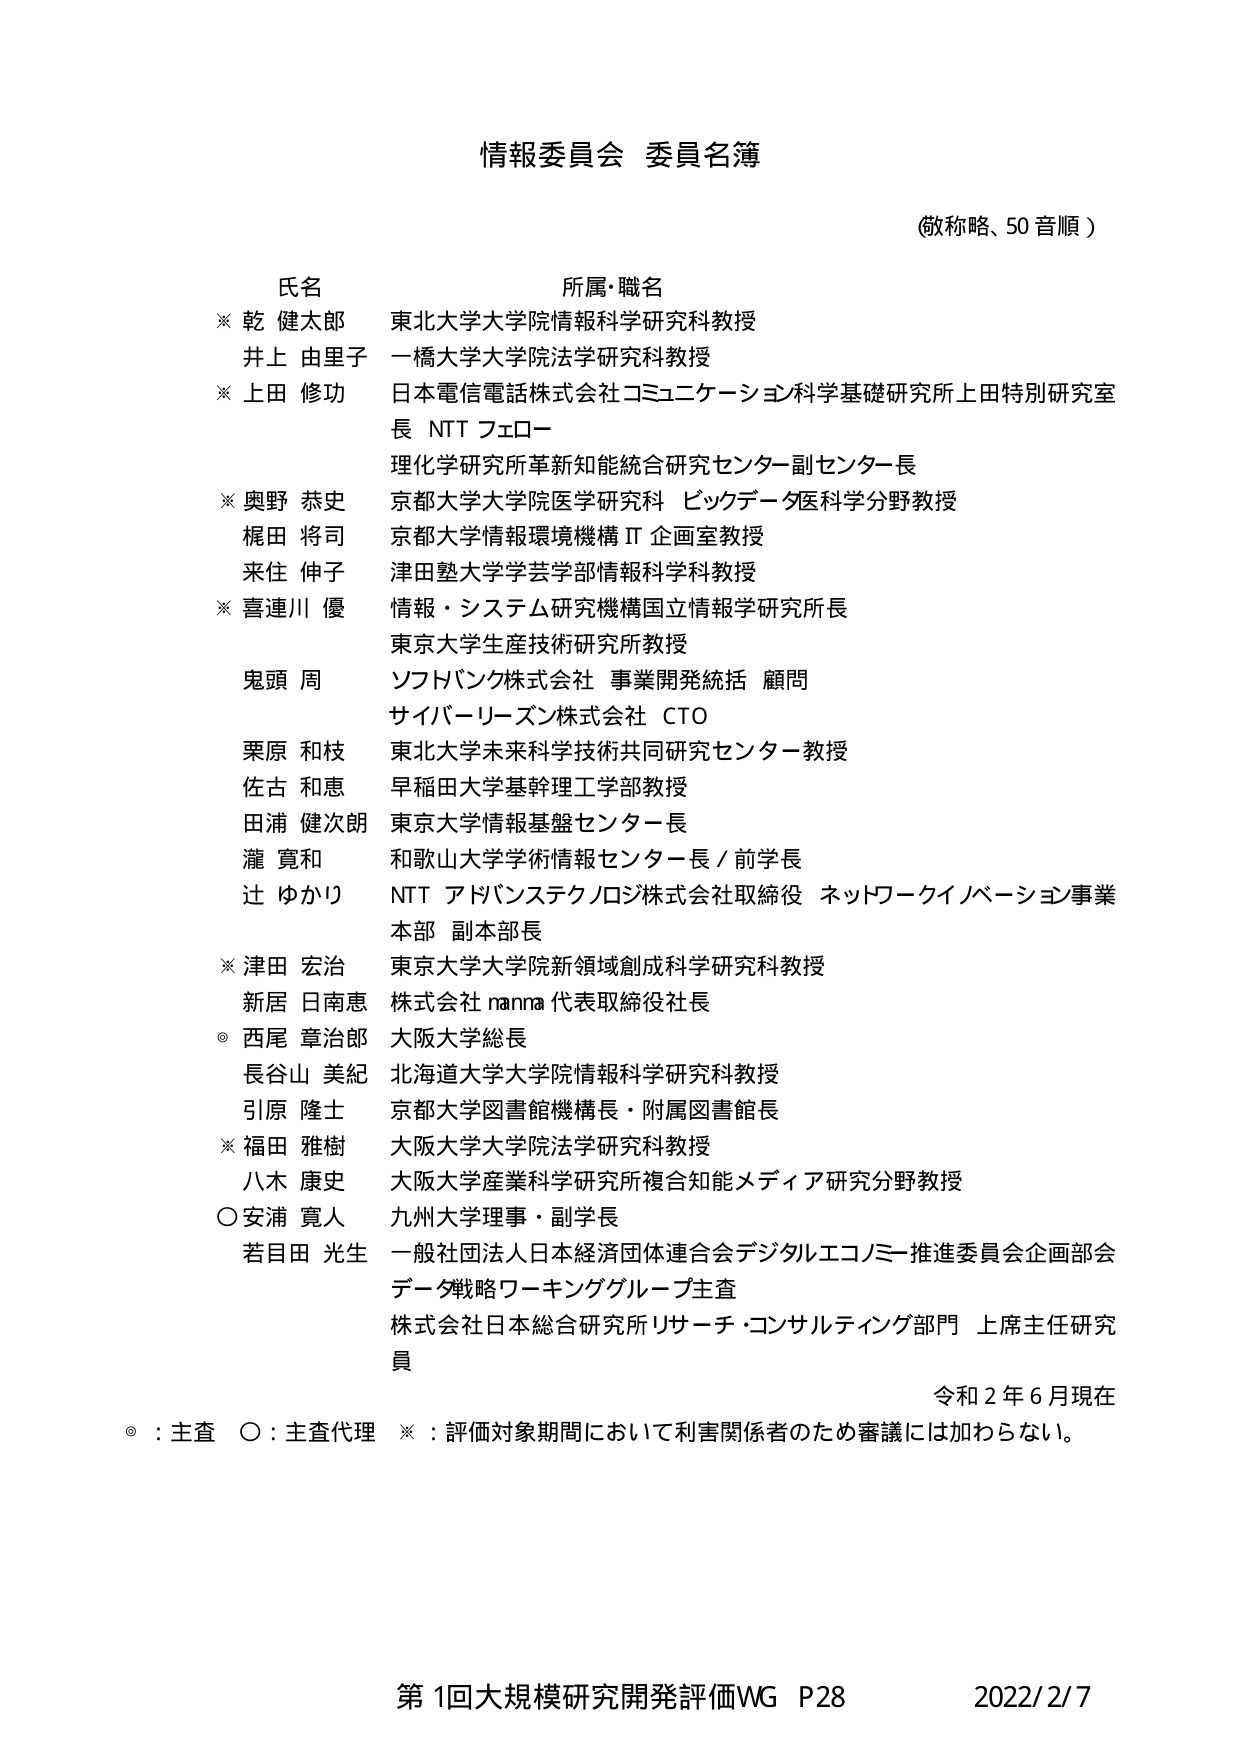
情報委員会 委員名簿

(敬称略、50音順)

氏名　　　　　　　　　　　所属・職名
※ 乾 健太郎　　　　　　東北大学大学院情報科学研究科教授
　井上 由里子　　　　　　一橋大学大学院法学研究科教授
※ 上田 修功　　　　　　日本電信電話株式会社 コミュニケーション科学基礎研究所上田特別研究室
　　　　　　　　　　　　長 NTT フェロー
　　　　　　　　　　　　理化学研究所革新知能統合研究センター副センター長
※ 奥野 恭史　　　　　　京都大学大学院医学研究科 ビッグデータ医学分野教授
　梶田 将司　　　　　　京都大学情報環境機構 IT 企画室教授
　来住 伸子　　　　　　津田塾大学学芸学部情報科学科教授
※ 喜連川 優　　　　　　情報・システム研究機構国立情報学研究所長
　　　　　　　　　　　　東京大学生産技術研究所教授
　鬼頭 周　　　　　　　　ソフトバンク株式会社 事業開発統括 顧問
　　　　　　　　　　　　サイバーリーズン株式会社 CTO
　栗原 和枝　　　　　　東北大学未来科学技術共同研究センター教授
　佐古 和恵　　　　　　早稲田大学基幹理工学部教授
　田浦 健次朗　　　　　　東京大学情報基盤センター長
　瀧 寛和　　　　　　　　和歌山大学学術情報センター長／前学長
　辻 ゆかり　　　　　　NTT アドバンステクノロジ株式会社取締役 ネットワークイノベーション事業
　　　　　　　　　　　　本部 副本部長
※ 津田 宏治　　　　　　東京大学大学院新領域創成科学研究科教授
　新居 日南恵　　　　　　株式会社 nanma 代表取締役社長
◎ 西尾 章治郎　　　　　　大阪大学総長
　長谷山 美紀　　　　　　北海道大学大学院情報科学研究科教授
　引原 隆士　　　　　　京都大学図書館機構長・附属図書館長
※ 福田 雅樹　　　　　　大阪大学大学院法学研究科教授
　八木 康史　　　　　　大阪大学産業科学研究所複合知能メディア研究分野教授
○ 安浦 寛人　　　　　　九州大学理事・副学長
　若目田 光生　　　　　　一般社団法人日本経済団体連合会デジタルエコノミー推進委員会企画部会
　　　　　　　　　　　　データ戦略ワーキンググループ主査
　　　　　　　　　　　　株式会社日本総合研究所リサーチ・コンサルティング部門 上席主任研究員

令和2年6月現在

◎：主査　○：主査代理　※：評価対象期間において利害関係者のため審議には加わらない。

第1回大規模研究開発評価WG P28　　2022/2/7